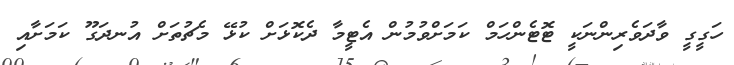
ހަގީގީ ވާދަވެރިންނަކީ ޓޮޓެންހަމް ކަމަށްވުމުން އެޓީމާ ދެކޮޅަށް ކުޅޭ މެޗުތަށް އުނދަގޫ ކަމަށާއި